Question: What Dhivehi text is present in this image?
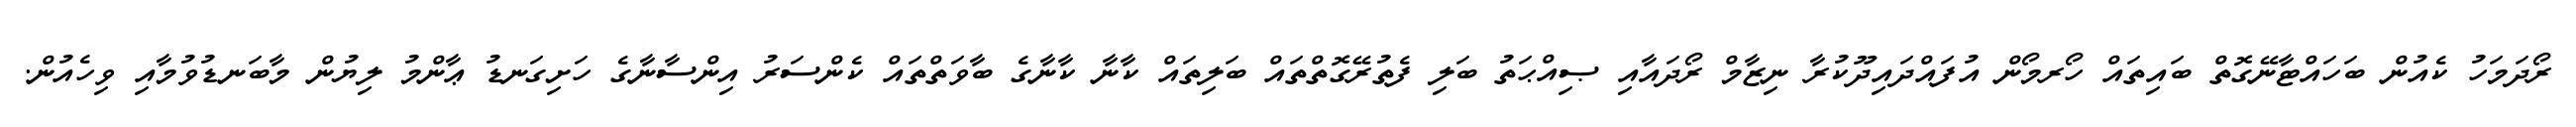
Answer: ރޯދަމަހު ކެއުން ބަހައްޓާނޭގޮތް ބައިތައް ހޯރމޯން އުފައްދައިދޫކުރާ ނިޒާމް ރޯދައާއި ޞިއްޙަތު ބަލި ފެތުރޭގޮތްތައް ބަލިތައް ކާނާ ކާނާގެ ބާވަތްތައް ކެންސަރު އިންސާނާގެ ހަށިގަނޑު ޢާންމު ލިޔުން މާބަނޑުވުމާއި ވިހެއުން.